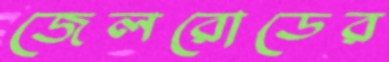
জেলরোডের